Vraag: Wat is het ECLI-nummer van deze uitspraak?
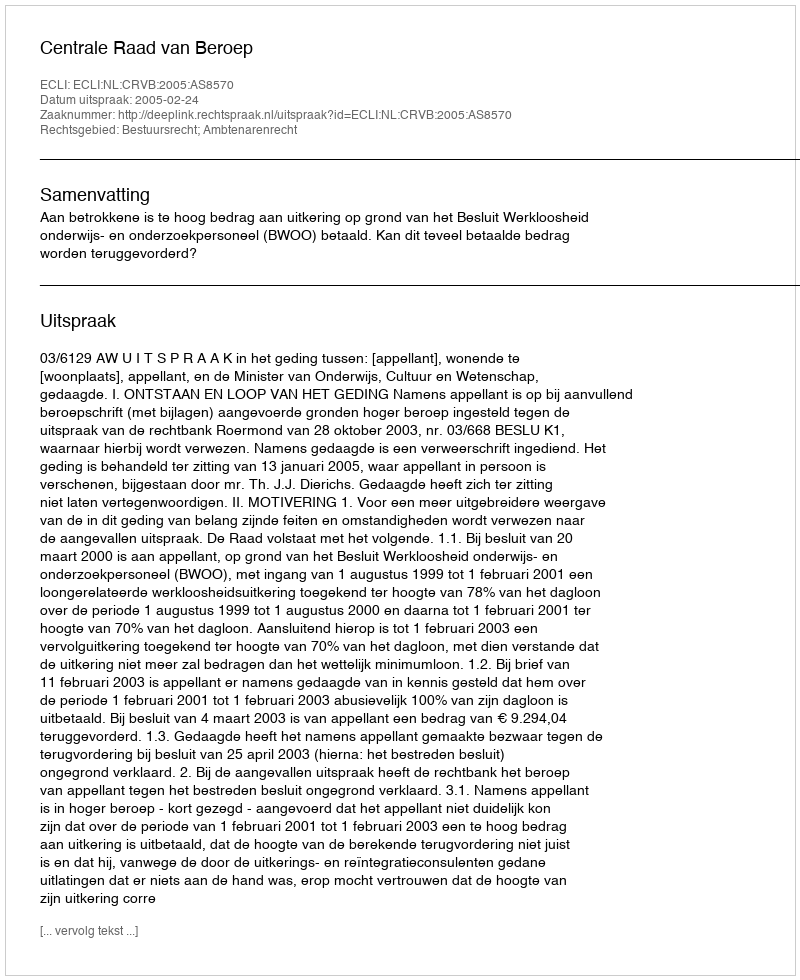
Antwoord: ECLI:NL:CRVB:2005:AS8570